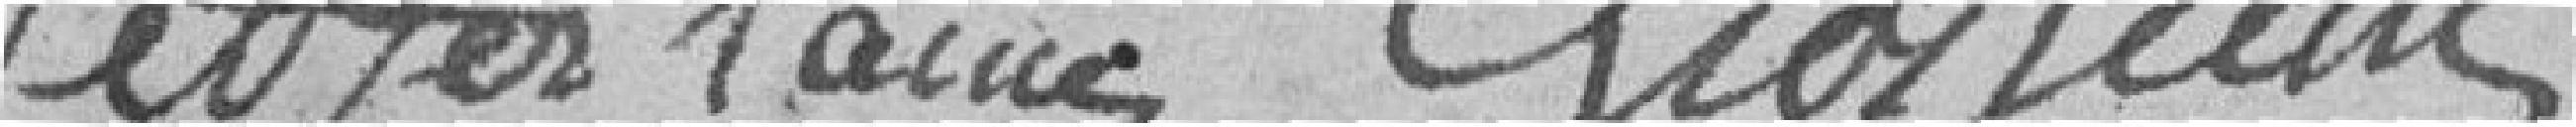
NETZER LAINE?   GROSJEAN